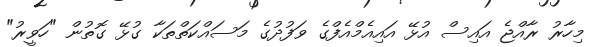
މިހާރު ރާއްޖެ އައިސް އުޅޭ އައިއެމްއެފްގެ ވަފުދުގެ މަސައްކަތްތަކާ ގުޅޭ ގޮތުން "ހަވީރު"